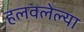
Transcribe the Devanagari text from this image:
हलवलेल्या